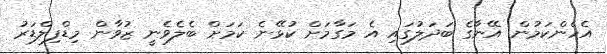
އެހެންކަމުން އޭނާގެ ބަދަލުގައި އެ މަގާމަށް ކުޅޭނެ ކަމަށް ބެލެވެނީ ޒުވާން މިޑްފިލްޑަރު